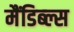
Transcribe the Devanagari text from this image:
मैंडिब्ल्स